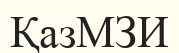
ҚазМЗИ